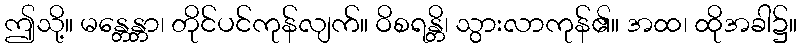
ဤသို့။ မန္တေန္တာ၊ တိုင်ပင်ကုန်လျက်။ ဝိစရန္တိ၊ သွားလာကုန်၏။ အထ၊ ထိုအခါ၌။